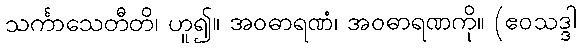
သင်္ကာသေတီတိ၊ ဟူ၍။ အဝဓာရဏံ၊ အဝဓာရဏကို။ (ဧဝသဒ္ဒါ